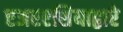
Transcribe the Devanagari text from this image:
एअरएशियाद्वारे